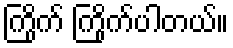
ကြိုက် ကြိုက်ပါတယ်။